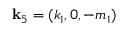
\mathbf { k } _ { 5 } = ( k _ { 1 } , 0 , - m _ { 1 } )